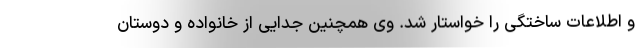
و اطلاعات ساختگی را خواستار شد. وی همچنین جدایی از خانواده و دوستان